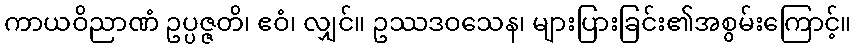
ကာယဝိညာဏံ ဥပ္ပဇ္ဇတိ၊ ဧဝံ၊ လျှင်။ ဥဿဒဝသေန၊ များပြားခြင်း၏အစွမ်းကြောင့်။